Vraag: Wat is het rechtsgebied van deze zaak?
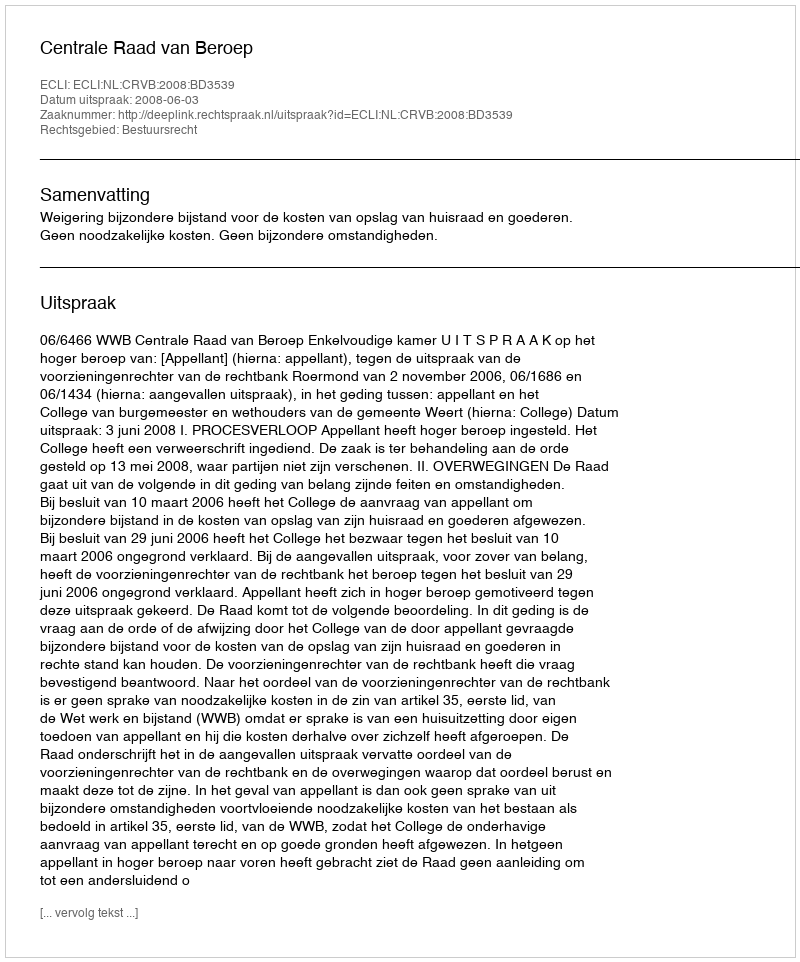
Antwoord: Bestuursrecht